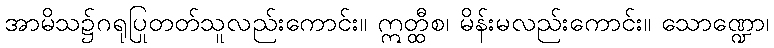
အာမိသ၌ဂရုပြုတတ်သူလည်းကောင်း။ ဣတ္ထီစ၊ မိန်းမလည်းကောင်း။ သောဏ္ဍော၊